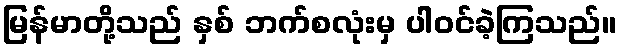
မြန်မာတို့သည် နှစ် ဘက်စလုံးမှ ပါဝင်ခဲ့ကြသည်။